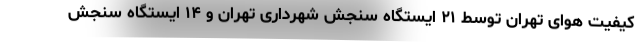
کیفیت هوای تهران توسط ۲۱ ایستگاه سنجش شهرداری تهران و ۱۴ ایستگاه سنجش